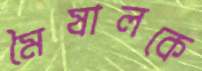
মৈষালকে